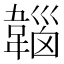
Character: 𩏀